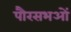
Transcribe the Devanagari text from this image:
पौरसभओं